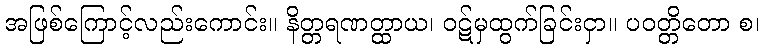
အဖြစ်ကြောင့်လည်းကောင်း။ နိတ္တရဏတ္ထာယ၊ ဝဋ်မှထွက်ခြင်းငှာ။ ပဝတ္တိတော စ၊